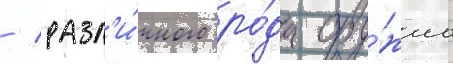
/ разл'и́чного ро́да ору́жиа